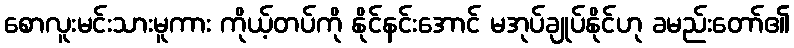
စောလူးမင်းသားမူကား ကိုယ့်တပ်ကို နိုင်နင်းအောင် မအုပ်ချုပ်နိုင်ဟု ခမည်းတော်၏